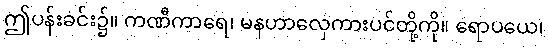
ဤပန်းခင်း၌။ ကဏီကာရေ၊ မနဟာလှေကားပင်တို့ကို။ ရောပယေ၊